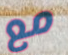
مع